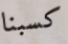
كسبنا